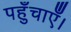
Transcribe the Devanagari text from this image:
पहुँचाएँ।